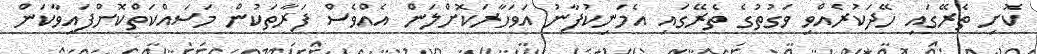
ކޮށި ތެރޭގައި ހޭދަކުރެއްވި ވަގުތުގެ ތެރޭގައި އެމަނިކުފާނު އަވަހާރަކޮށްލަން އެއްވެސް ފަރާތަކުން މަސައްކަތްކޮށްފައިވާކަން